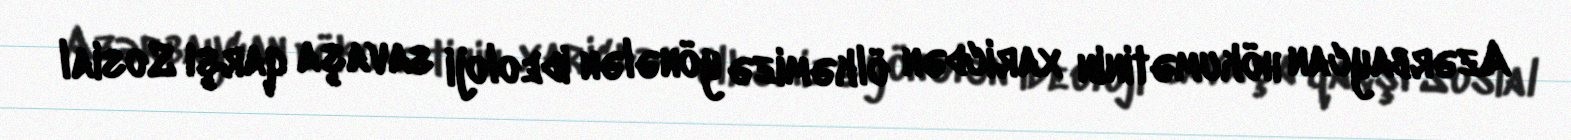
Azərbaycan hökumətinin xaricdən ölkəmizə yönələn ideoloji savaşa qarşı Sosial